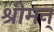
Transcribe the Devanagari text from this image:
श्रीमन्